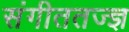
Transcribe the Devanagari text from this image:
संगीततज्ज्ञ